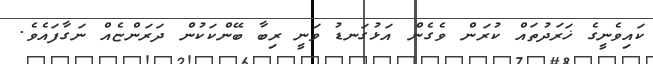
ކައިވެނީގެ ޚަރަދުތައް ކުރަން ވެގެން އަޅުގަނޑު ވަނީ ރިބާ ބޭންކަކުން ދަރަންޏެއް ނަގާފައެވެ.